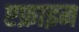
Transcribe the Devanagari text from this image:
एफ्राइम